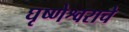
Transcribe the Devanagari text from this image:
घृष्णेश्वराचे